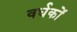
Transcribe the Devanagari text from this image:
वर्धकों